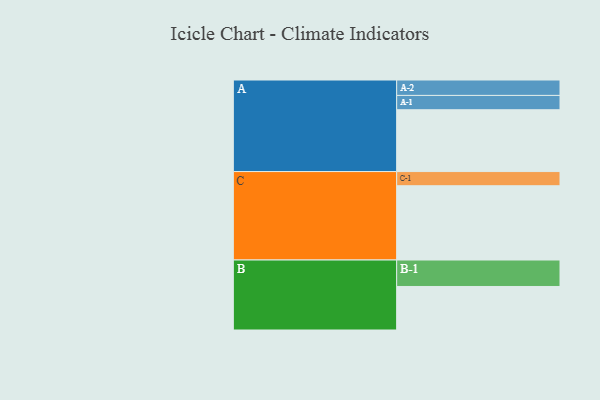
{"axis": {"x": "Segment", "y": "Value"}, "legend": ["", "A", "B", "C"], "data": [{"x": "A", "y": 493, "type": ""}, {"x": "B", "y": 347, "type": ""}, {"x": "C", "y": 592, "type": ""}, {"x": "A-1", "y": 114, "type": "A"}, {"x": "A-2", "y": 123, "type": "A"}, {"x": "B-1", "y": 211, "type": "B"}, {"x": "C-1", "y": 113, "type": "C"}]}